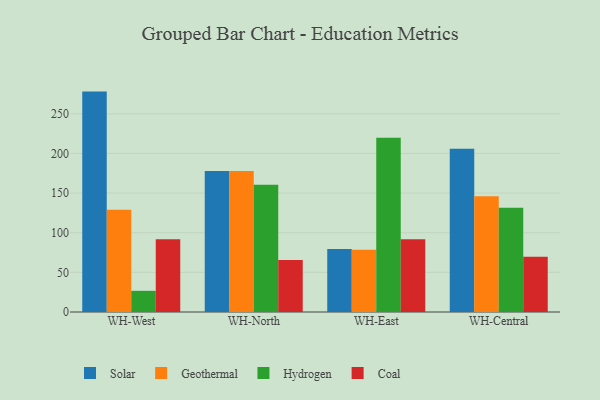
{"axis": {"x": "Warehouse", "y": "Revenue (USD Million)"}, "legend": ["Coal", "Geothermal", "Hydrogen", "Solar"], "data": [{"x": "WH-West", "y": 278.0, "type": "Solar"}, {"x": "WH-West", "y": 129.1, "type": "Geothermal"}, {"x": "WH-West", "y": 26.7, "type": "Hydrogen"}, {"x": "WH-West", "y": 91.9, "type": "Coal"}, {"x": "WH-North", "y": 177.9, "type": "Solar"}, {"x": "WH-North", "y": 177.7, "type": "Geothermal"}, {"x": "WH-North", "y": 160.5, "type": "Hydrogen"}, {"x": "WH-North", "y": 65.7, "type": "Coal"}, {"x": "WH-East", "y": 79.5, "type": "Solar"}, {"x": "WH-East", "y": 78.4, "type": "Geothermal"}, {"x": "WH-East", "y": 219.8, "type": "Hydrogen"}, {"x": "WH-East", "y": 91.8, "type": "Coal"}, {"x": "WH-Central", "y": 206.0, "type": "Solar"}, {"x": "WH-Central", "y": 146.0, "type": "Geothermal"}, {"x": "WH-Central", "y": 131.6, "type": "Hydrogen"}, {"x": "WH-Central", "y": 69.6, "type": "Coal"}]}